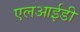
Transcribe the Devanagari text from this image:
एलआईडी